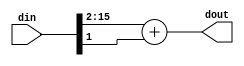
module ShiftWithRound2 #(
  parameter BITWIDTH=16
)(
  input wire [BITWIDTH-1:0] din,
  output wire [BITWIDTH-3:0] dout
);
  wire [BITWIDTH-3:0] shifted_value = din[BITWIDTH-1:2];
  wire [BITWIDTH-3:0] rounding = {{(BITWIDTH-3){1'b0}}, din[1]};
  assign dout = shifted_value + rounding;
endmodule